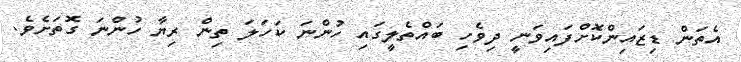
އެތަން ޑިޒައިންކޮށްފައިވަނީ ދިވެހި ބައްތެލީގައި ހުންނަ ކަހަލަ ތިން ރިޔާ ހުންނަ ގޮތަށެވެ.